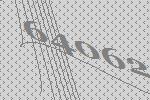
64062